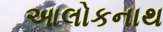
આલોકનાથ